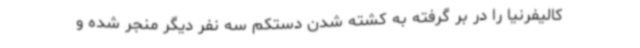
کالیفرنیا را در بر گرفته به کشته شدن دستکم سه نفر دیگر منجر شده و